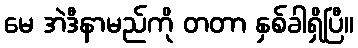
မေ အဲဒီနာမည်ကို တတာ နှစ်ခါရှိပြီ။